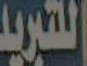
التبريد